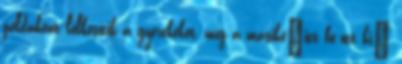
példaként lelkesítik a gyerekeket, míg a másiké”itt be-ott ki”